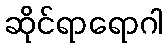
ဆိုင်ရာရောဂါ